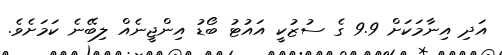
އަދި އިނާމަކަށް 9.9 ގެ ސުޒުކީ އައުޓު ބޯޑު އިންޖީނެއް ލިބޭނެ ކަމަށެވެ.